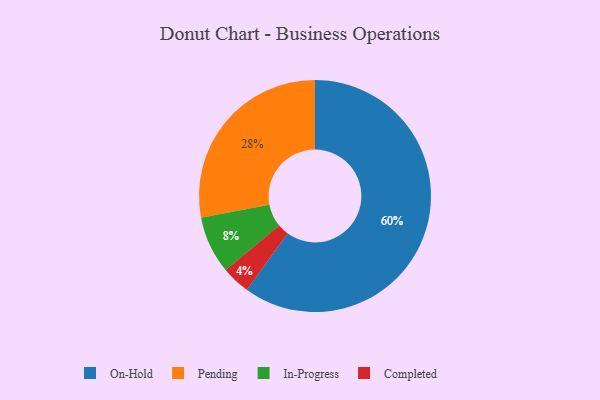
{"axis": {"x": "Category", "y": "Percentage"}, "legend": ["Completed", "In-Progress", "On-Hold", "Pending"], "data": [{"x": "In-Progress", "y": 8, "type": "In-Progress"}, {"x": "Completed", "y": 4, "type": "Completed"}, {"x": "On-Hold", "y": 60, "type": "On-Hold"}, {"x": "Pending", "y": 28, "type": "Pending"}]}